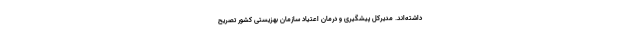
داشته‌اند. مدیرکل پیشگیری و درمان اعتیاد سازمان بهزیستی کشور تصریح